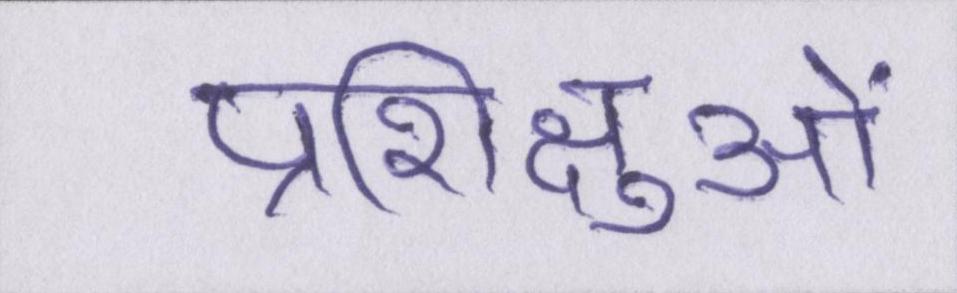
प्रशिक्षुओं